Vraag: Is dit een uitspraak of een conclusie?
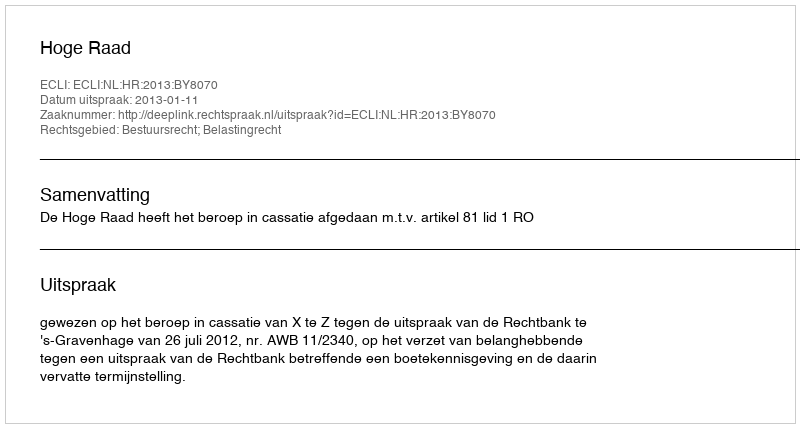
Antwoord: Uitspraak